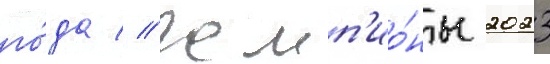
го́да // Чемп'ио́ны 2023